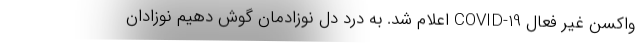
واکسن غیر فعال COVID-19 اعلام شد. به درد دل نوزادمان گوش دهیم نوزادان